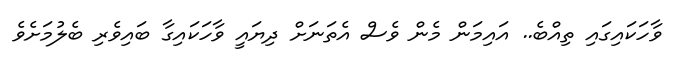
ވާހަކައިގައި ތިއްބެ.. އައިމަން މެން ވެސް އެތަނަށް ދިޔައީ ވާހަކައިގާ ބައިވެރި ބެލުމަށެވެ